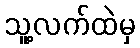
သူ့လက်ထဲမှ